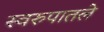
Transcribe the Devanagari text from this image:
स्वरुपातले